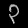
Digit: ၃